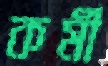
কর্মী